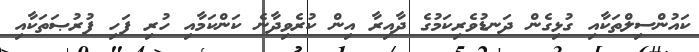
ކައުންސިލްތަކާއި ގުޅިގެން ދަނޑުވެރިކަމުގެ ދާއިރާ އިން ކުރެވިދާނެ ކަންކަމާއި ހުރި ފަހި ފުރުޞަތަކާއި